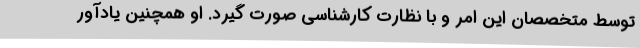
توسط متخصصان این امر و با نظارت کارشناسی صورت گیرد. او همچنین یادآور